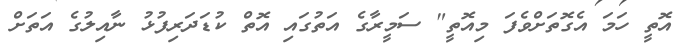
އޮތީ ހަމަ އެގޮތަށްވެފަ މިއޮތީ" ސަމީރާގެ އަތުގައި އޮތް ކުޑަދަރިފުޅު ނާއިލުގެ އަތަށް